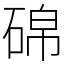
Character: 䃇